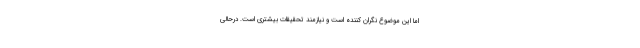
اما این موضوع نگران کننده است و نیازمند تحقیقات بیشتری است. درحالی